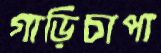
গাড়িচাপা